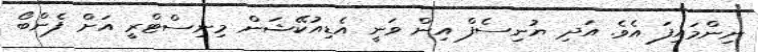
ނިންމައިފަ އެވެ. އަދި ޔުނިސެފް އިން ވަނީ އެޑިއުކޭޝަން މިނިސްޓްރީ އަށް ފެންބޯ